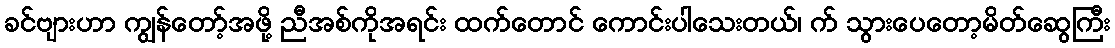
ခင်ဗျားဟာ ကျွန်တော့်အဖို့ ညီအစ်ကိုအရင်း ထက်တောင် ကောင်းပါသေးတယ်၊ က် သွားပေတော့မိတ်ဆွေကြီး